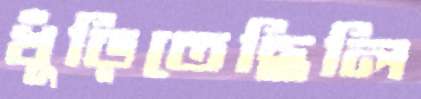
খুঁড়িতেছিলি